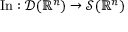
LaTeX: \operatorname { I n } : { \mathcal { D } } ( \mathbb { R } ^ { n } ) \to { \mathcal { S } } ( \mathbb { R } ^ { n } )